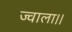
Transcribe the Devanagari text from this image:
ज्वाला।।